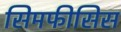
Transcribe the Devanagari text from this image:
सिमफीसिस